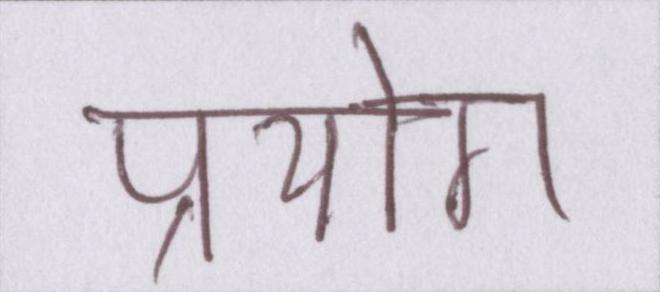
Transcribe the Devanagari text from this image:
प्रयोग